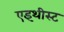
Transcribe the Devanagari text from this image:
एइथीस्ट